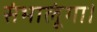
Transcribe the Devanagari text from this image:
संभालूंगा।